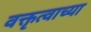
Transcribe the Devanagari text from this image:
वक्तृत्वाच्या